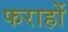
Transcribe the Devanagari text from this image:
फराहों